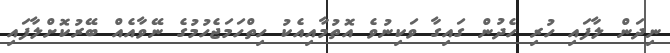
ނިދަން ލާފައި ހުރި ހެދުން ގައިގާ ވަކިނުވެ އޮތުމާއިއެކު ހިތްހަމަޖެހުމުގެ ނޭވާއެއް ބޭރުކޮށްލާފައި